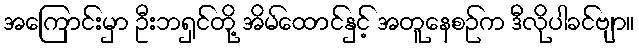
အကြောင်းမှာ ဦးဘရှင်တို့ အိမ်ထောင်နှင့် အတူနေစဉ်က ဒီလိုပါခင်ဗျာ။